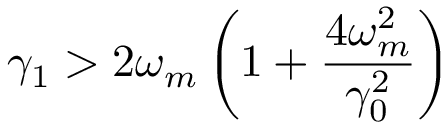
\gamma _ { 1 } > 2 \omega _ { m } \left( 1 + \frac { 4 \omega _ { m } ^ { 2 } } { \gamma _ { 0 } ^ { 2 } } \right)